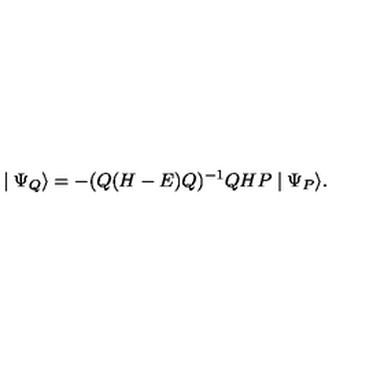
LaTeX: \mid \Psi _ { Q } \rangle = - ( Q ( H - E ) Q ) ^ { - 1 } Q H P \mid \Psi _ { P } \rangle .